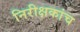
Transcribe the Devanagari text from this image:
निरीक्षकांच